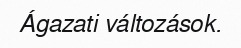
Ágazati változások.